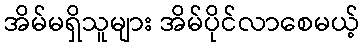
အိမ်မရှိသူများ အိမ်ပိုင်လာစေမယ့်